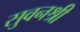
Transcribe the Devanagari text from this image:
सुवनश्री